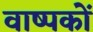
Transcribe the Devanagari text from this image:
वाष्पकों